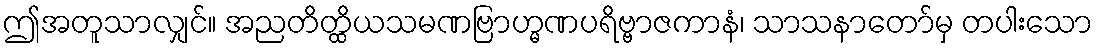
ဤအတူသာလျှင်။ အညတိတ္ထိယသမဏဗြာဟ္မဏပရိဗ္ဗာဇကာနံ၊ သာသနာတော်မှ တပါးသော